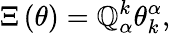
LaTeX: \Xi\left(\theta\right)=\mathbb{Q}_{\alpha}^{k}\theta_{k}^{\alpha},